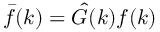
\bar { f } ( \boldsymbol { k } ) = \hat { G } ( \boldsymbol { k } ) f ( \boldsymbol { k } )